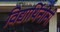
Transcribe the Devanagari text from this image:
विद्यार्थिनींनी